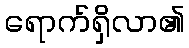
ရောက်ရှိလာ၏